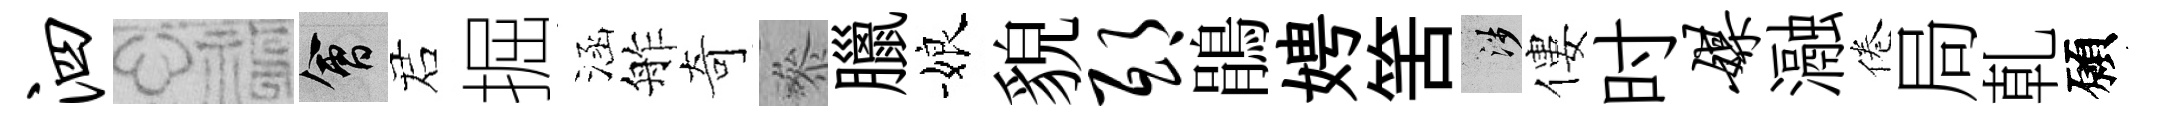
泗福會诺掘涵舴奇叅臘娘貌邸鵑娉筈涉僂时媒瀜倦局乹願